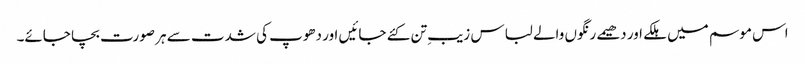
اس موسم میں ہلکے اور دھیمے رنگوں والے لباس زیبِ تن کئے جائیں اور دھوپ کی شدت سے ہر صورت بچا جائے۔